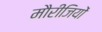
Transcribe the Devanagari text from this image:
मौरीजियों